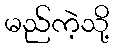
မည်ကဲ့သို့